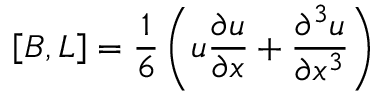
\left[ B , L \right] = { \frac { 1 } { 6 } } \left( u { \frac { \partial u } { \partial x } } + { \frac { \partial ^ { 3 } u } { \partial x ^ { 3 } } } \right)